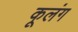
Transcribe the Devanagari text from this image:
कूलंग